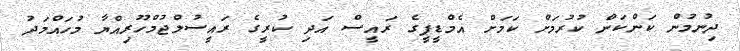
ދިނުމުން ކަންކަން ކުރުމަށް ކަމަށް އެމްޑީޕީގެ ރައީސް އަދި ކުރީގެ ރައީސުލްޖުމްހޫރިއްޔާ މުހައްމަދު